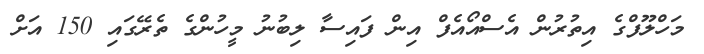
މަހްލޫފްގެ އިތުރުން އެސްއޯއެފް އިން ފައިސާ ލިބުނު މީހުންގެ ތެރޭގައި 150 އަށް